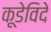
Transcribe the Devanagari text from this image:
कूडेविदे